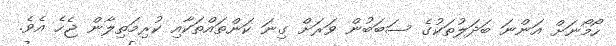
ހޯމޯނަށް އަންނަ ބަދަލުތަކުގެ ސަބަބުން ވަރަށް ގިނަ ކަންތައްތަކާއި ކުރިމަތިލާން ޖެހެ އެވެ.